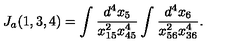
J _ { a } ( 1 , 3 , 4 ) = \int \frac { d ^ { 4 } x _ { 5 } } { x _ { 1 5 } ^ { 2 } x _ { 4 5 } ^ { 4 } } \int \frac { d ^ { 4 } x _ { 6 } } { x _ { 5 6 } ^ { 2 } x _ { 3 6 } ^ { 4 } } .